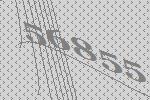
56855